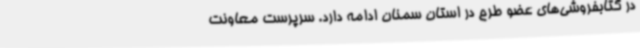
در کتابفروشی‌های عضو طرح در استان سمنان ادامه دارد. سرپرست معاونت